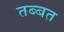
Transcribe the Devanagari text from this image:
तब्बत